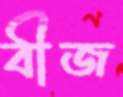
বীজ